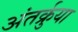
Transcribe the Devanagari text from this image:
अंतर्क्रुया